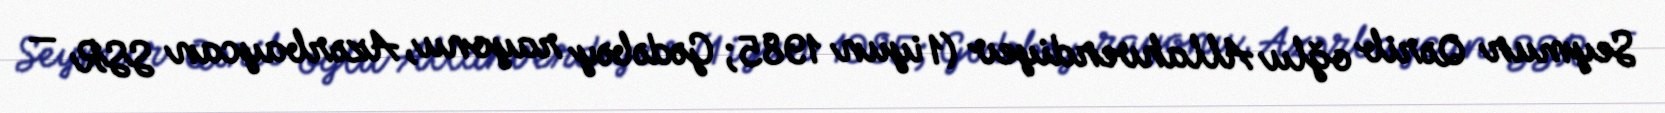
Seymur Qərib oğlu Allahverdiyev (1 iyun 1985; Gədəbəy rayonu, Azərbaycan SSR —